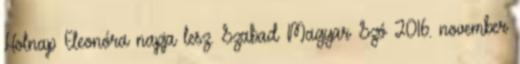
Holnap Eleonóra napja lesz. Szabad Magyar Szó 2016. november